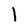
Character: 1